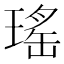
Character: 瑤